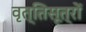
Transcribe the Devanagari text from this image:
वृत्तिसूत्रों